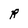
Character: R